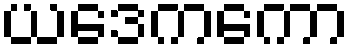
ယဒေကကော